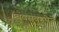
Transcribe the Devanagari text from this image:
म्बवसवहपेजे